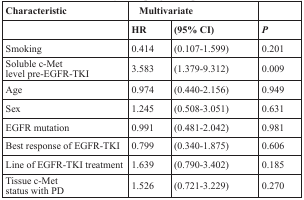
| Characteristic | <COLSPAN=2> Multivariate |  |
 |  | HR | (95% CI) | P |
 | --- | --- | --- | --- |
 | Smoking | 0.414 | (0.107-1.599) | 0.201 |
 | Soluble c-Met level pre-EGFR-TKI | 3.583 | (1.379-9.312) | 0.009 |
 | Age | 0.974 | (0.440-2.156) | 0.949 |
 | Sex | 1.245 | (0.508-3.051) | 0.631 |
 | EGFR mutation | 0.991 | (0.481-2.042) | 0.981 |
 | Best response of EGFR-TKI | 0.799 | (0.340-1.875) | 0.606 |
 | Line of EGFR-TKI treatment | 1.639 | (0.790-3.402) | 0.185 |
 | Tissue c-Met status with PD | 1.526 | (0.721-3.229) | 0.270 |